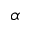
\alpha